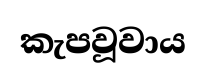
කැපවූවාය